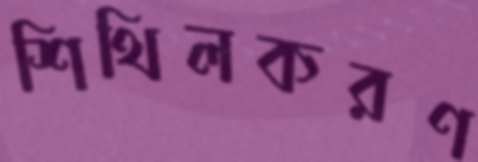
শিথিলকরণ